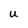
Character: U